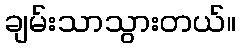
ချမ်းသာသွားတယ်။